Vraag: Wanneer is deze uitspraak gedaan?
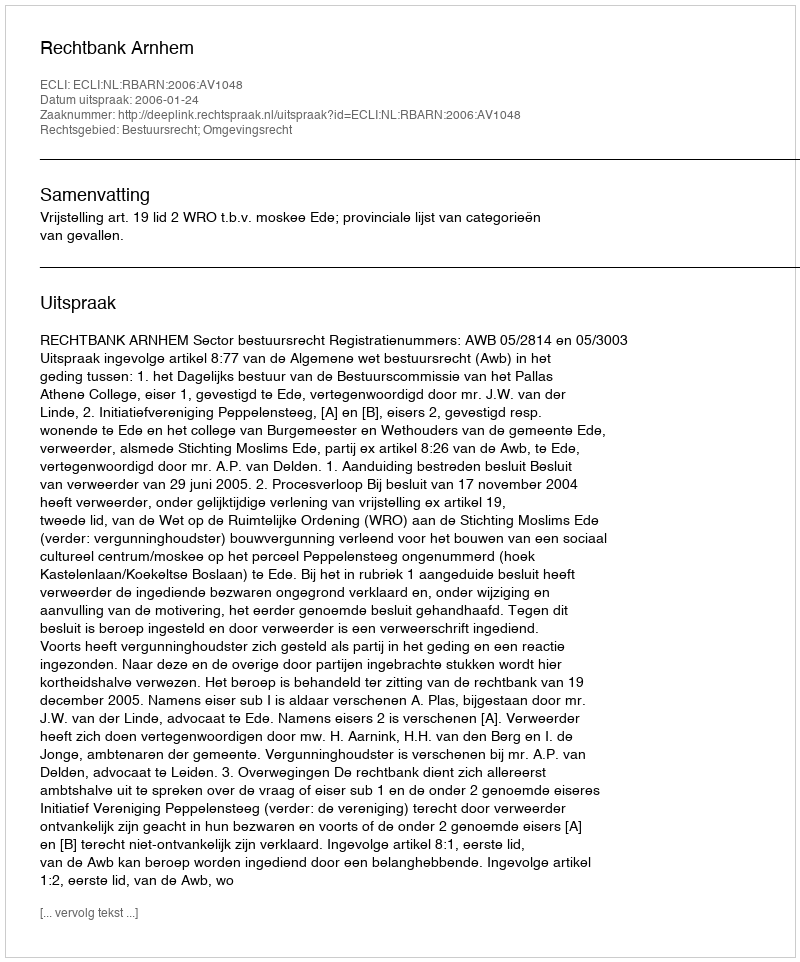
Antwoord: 2006-01-24